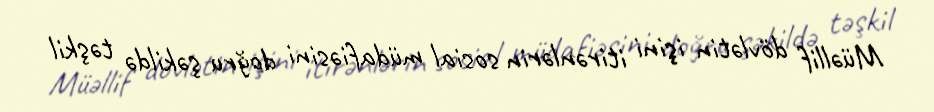
Müəllif dövlətin işini itirənlərin sosial müdafiəsini doğru şəkildə təşkil